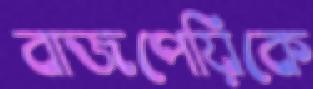
বাজপেয়িকে